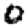
Digit: 0